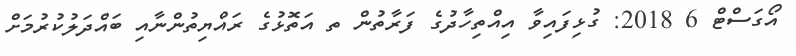
އޯގަސްޓް 6 2018: ގުޅިފައިވާ އިއްތިހާދުގެ ފަރާތުން ތ އަތޮޅުގެ ރައްޔިތުންނާއި ބައްދަލުކުރުމަށް